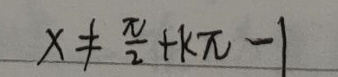
\[
x\neq\frac{\pi}{2}+k\pi - 1
\]